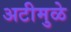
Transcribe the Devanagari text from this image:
अटीमुळे